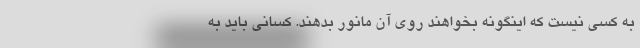
به کسی نیست که اینگونه بخواهند روی آن مانور بدهند. کسانی باید به